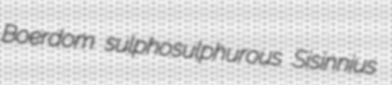
Boerdom sulphosulphurous Sisinnius